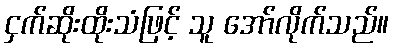
ငှက်ဆိုးထိုးသံဖြင့် သူ အော်လိုက်သည်။